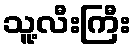
သူ့လီးကြီး